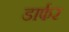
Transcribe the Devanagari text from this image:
डार्फर